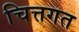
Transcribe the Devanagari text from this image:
चित्तगत